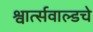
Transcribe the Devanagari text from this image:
श्वार्त्सवाल्डचे